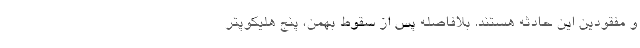
و مفقودین این حادثه هستند. بلافاصله پس از سقوط بهمن، پنج هلیکوپتر